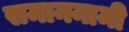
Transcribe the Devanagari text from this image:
समाननामी